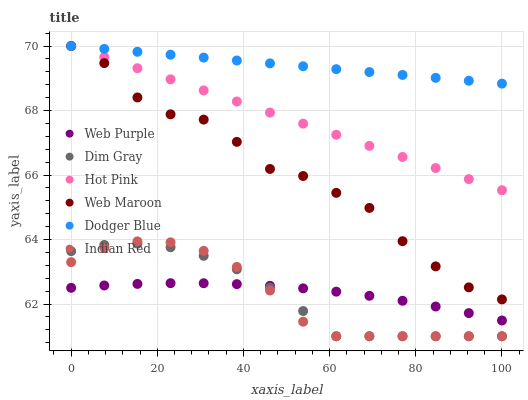
| xaxis_label | Web Purple | Dim Gray | Hot Pink | Web Maroon | Dodger Blue | Indian Red |
 | --- | --- | --- | --- | --- | --- | --- |
 | 0 | 62.5 | 63.6 | 70 | 70 | 70 | 63.3 |
 | 7.69 | 62.6 | 63.8 | 69.7 | 69.5 | 69.9 | 63.7 |
 | 15.4 | 62.6 | 63.9 | 69.3 | 68.4 | 69.8 | 63.9 |
 | 23.1 | 62.6 | 63.8 | 69 | 67.9 | 69.7 | 63.9 |
 | 30.8 | 62.6 | 63.5 | 68.6 | 67.7 | 69.6 | 63.6 |
 | 38.5 | 62.6 | 63.1 | 68.3 | 67 | 69.6 | 63.2 |
 | 46.2 | 62.6 | 62.5 | 67.9 | 66.2 | 69.5 | 62.4 |
 | 53.8 | 62.5 | 61.8 | 67.6 | 66 | 69.4 | 61.5 |
 | 61.5 | 62.4 | 61 | 67.2 | 65.4 | 69.3 | 61 |
 | 69.2 | 62.3 | 61 | 66.9 | 65 | 69.2 | 61 |
 | 76.9 | 62.1 | 61 | 66.6 | 63.9 | 69.1 | 61 |
 | 84.6 | 61.9 | 61 | 66.2 | 63.2 | 69 | 61 |
 | 92.3 | 61.7 | 61 | 65.9 | 62.5 | 68.9 | 61 |
 | 100 | 61.5 | 61 | 65.5 | 62.1 | 68.8 | 61 |